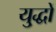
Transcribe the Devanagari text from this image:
यु्द्धों